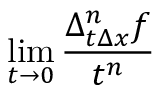
\operatorname* { l i m } _ { t \to 0 } { \frac { \Delta _ { t \Delta x } ^ { n } f } { t ^ { n } } }